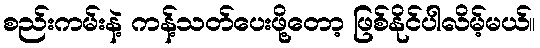
စည်းကမ်းနဲ့ ကန့်သတ်ပေးဖို့တော့ ဖြစ်နိုင်ပါလိမ့်မယ်။